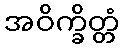
အဝိက္ခိတ္တံ